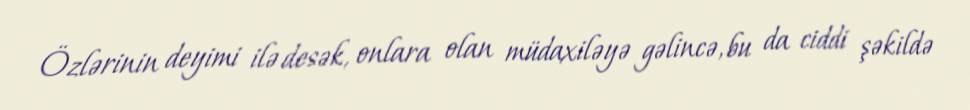
Özlərinin deyimi ilə desək, onlara olan müdaxiləyə gəlincə, bu da ciddi şəkildə